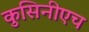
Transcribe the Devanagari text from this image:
कुसिनीएच